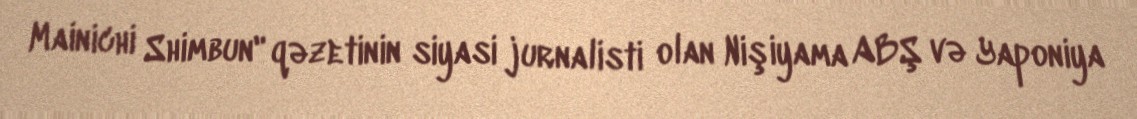
Mainichi Shimbun" qəzetinin siyasi jurnalisti olan Nişiyama ABŞ və Yaponiya